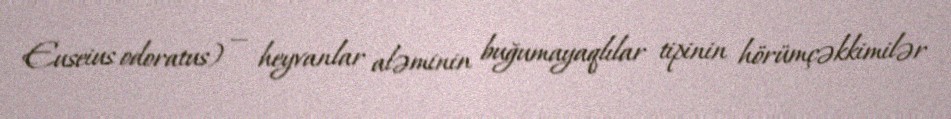
Euseius odoratus) — heyvanlar aləminin buğumayaqlılar tipinin hörümçəkkimilər